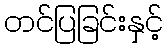
တင်ပြခြင်းနှင့်